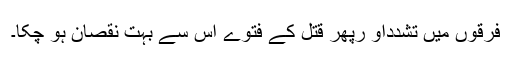
فرقوں میں تشدداو رپھر قتل کے فتوے اس سے بہت نقصان ہو چکا۔